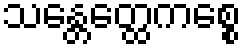
သန္တေတ္ထေကစ္စေ